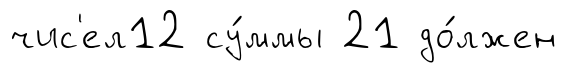
чис'ел12 су́ммы 21 до́лжен